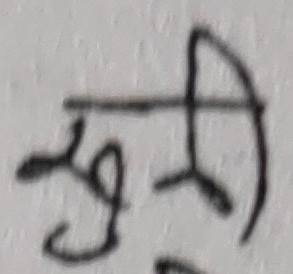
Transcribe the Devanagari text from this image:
नुश्री